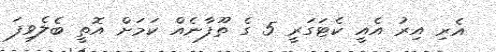
އެރި އިރު އެއީ ކެޓަގަރީ 5 ގެ ތޫފާނެއް ކަމަށް އޮތީ ބެލެވިފަ